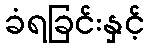
ခံရခြင်းနှင့်